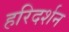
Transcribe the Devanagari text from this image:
हरिदर्शन